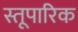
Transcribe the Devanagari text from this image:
स्तूपारिक